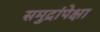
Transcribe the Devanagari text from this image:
समुद्रांपेक्षा